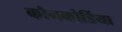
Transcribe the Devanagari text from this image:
कौनकोर्डिया